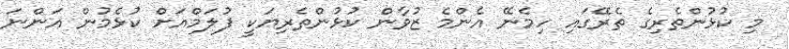
މި ކުޅުންތެރިގެ ތެރޭގައި ހިމެނޭ އެންމެ ޒުވާން ކުޅުންތެރިޔަކީ ފުލަމްއަށް ކުޅެމުން އަންނަ